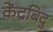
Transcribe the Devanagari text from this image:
केंद्रबिदु